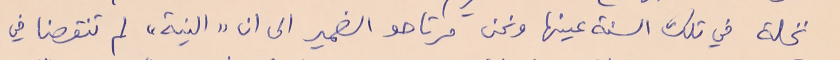
نخلة في تلك السنة عينها ونحن مرتاحو الضمير الى ان "النية" لم تنقصنا في